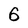
Character: 6